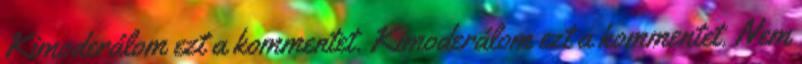
Kimoderálom ezt a kommentet. Kimoderálom ezt a kommentet. Nem